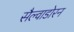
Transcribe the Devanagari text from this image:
सैल्वाडोरन